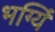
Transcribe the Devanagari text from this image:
भग्यिं